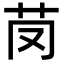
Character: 𦬣